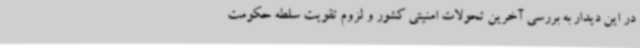
در این دیدار به بررسی آخرین تحولات امنیتی کشور و لزوم تقویت سلطه حکومت